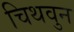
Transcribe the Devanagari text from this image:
चिथवुन